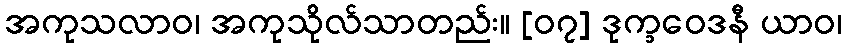
အကုသလာဝ၊ အကုသိုလ်သာတည်း။ [၀၇] ဒုက္ခဝေဒနီ ယာဝ၊